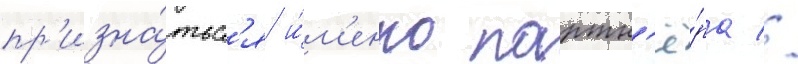
пр'изна́тьс'я и́м'енно партн'ё́ра //